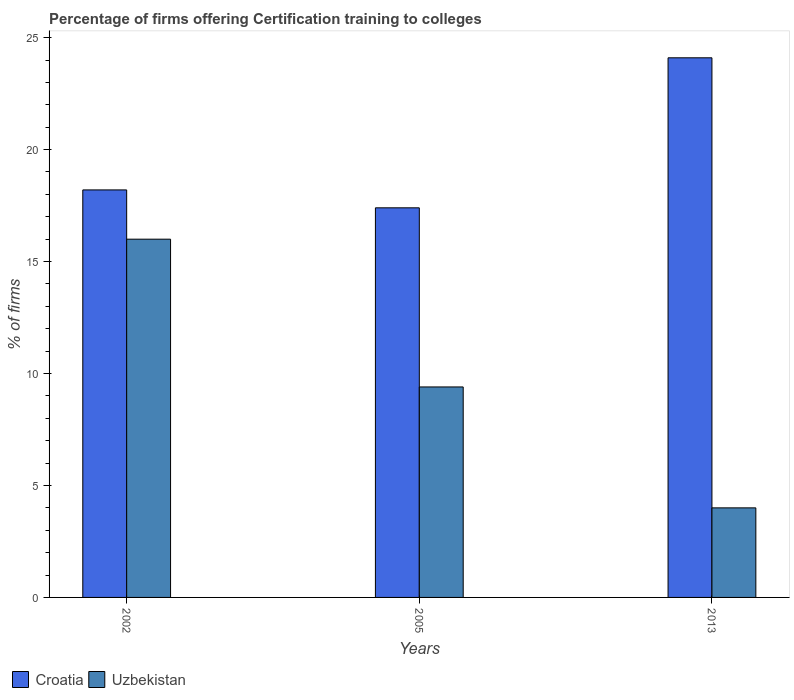
| Years | Croatia | Uzbekistan |
 | --- | --- | --- |
 | 2002 | 18.2 | 16 |
 | 2005 | 17.4 | 9.4 |
 | 2013 | 24.1 | 4 |